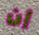
إن